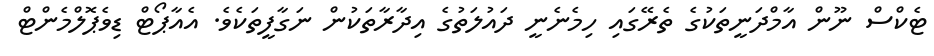
ޓެކްސް ނޫން އާމްދަނީތަކުގެ ތެރޭގައި ހިމެނެނީ ދައުލަތުގެ އިދާރާތަކުން ނަގާފީތަކެވެ. އެއާޕޯޓް ޑިވެޕޮލްމެންޓް